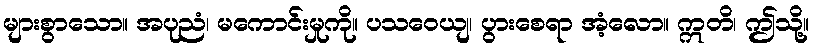
များစွာသော။ အပုညံ၊ မကောင်းမှုကို။ ပသဝေယျ၊ ပွားစေရာ အံ့လော။ ဣတိ၊ ဤသို့။